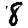
Digit: 8